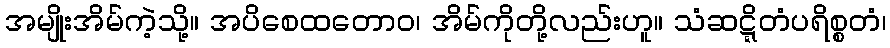
အမျိုးအိမ်ကဲ့သို့။ အပိစေထတောဝ၊ အိမ်ကိုတို့လည်းဟူ။ သံဆဋ္ဋိတံပရိစ္စတံ၊